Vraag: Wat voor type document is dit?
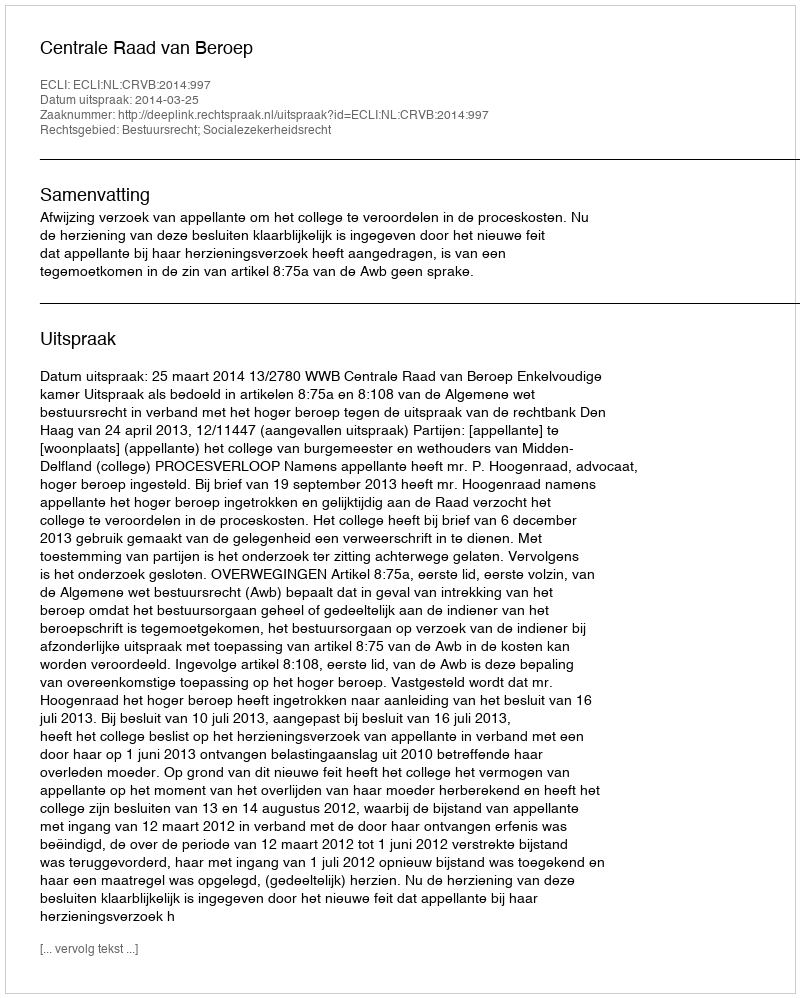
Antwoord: Uitspraak